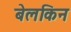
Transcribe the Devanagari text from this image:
बेलकिन